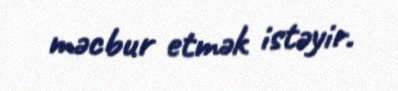
məcbur etmək istəyir.